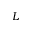
L